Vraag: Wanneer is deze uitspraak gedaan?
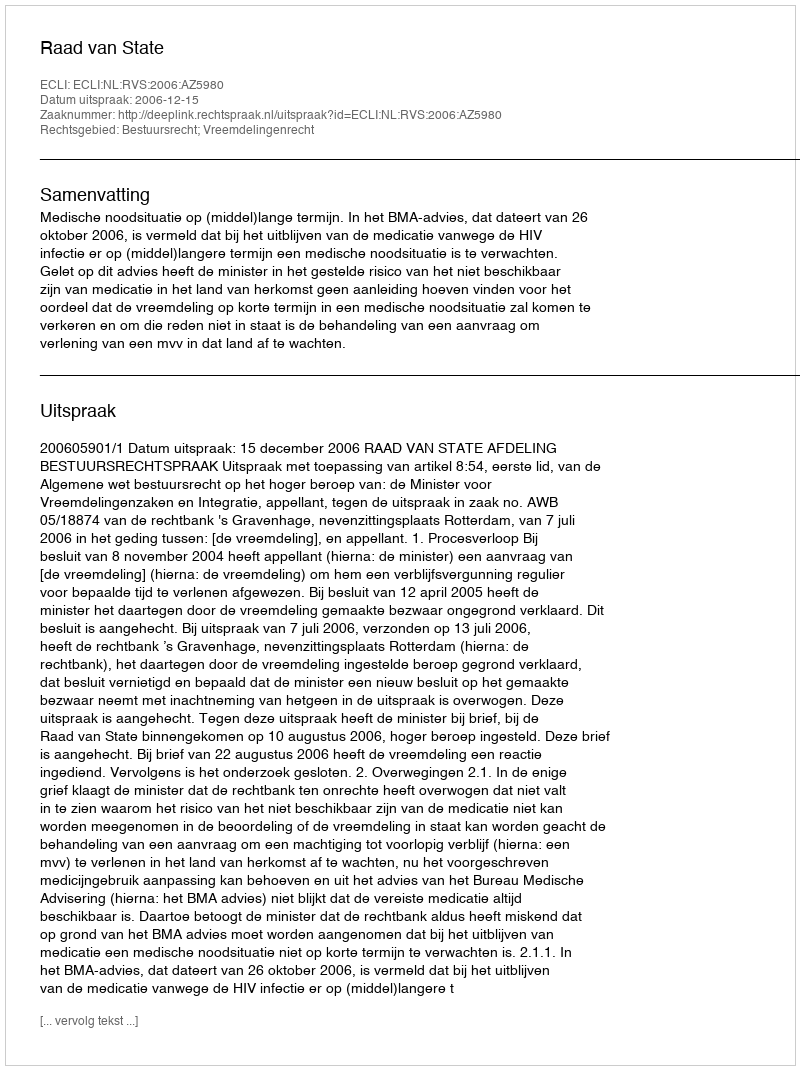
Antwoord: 2006-12-15